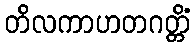
တိလကာဟတဂတ္တိံ